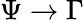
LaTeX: \Psi\to\Gamma